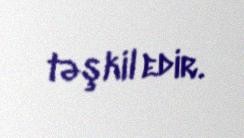
təşkil edir.